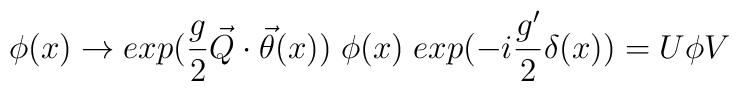
\phi(x) \rightarrow exp(\frac{g}{2} \vec{Q} \cdot \vec{\theta}(x)) \;\phi(x) \; exp(-i\frac{g'}{2} \delta(x)) = U \phi V